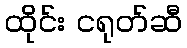
ထိုင်း ငရုတ်ဆီ